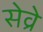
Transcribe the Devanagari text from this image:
सेव्रे